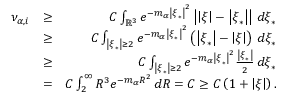
\begin{array} { r l r } { \nu _ { \alpha , i } } & { \geq } & { C \int _ { \mathbb { R } ^ { 3 } } e ^ { - m _ { \alpha } \left\vert \boldsymbol { \xi } _ { \ast } \right\vert ^ { 2 } } \left\vert \left\vert \boldsymbol { \xi } \right\vert - \left\vert \boldsymbol { \xi } _ { \ast } \right\vert \right\vert \, d \boldsymbol { \xi } _ { \ast } } \\ & { \geq } & { C \int _ { \left\vert \boldsymbol { \xi } _ { \ast } \right\vert \geq 2 } e ^ { - m _ { \alpha } \left\vert \boldsymbol { \xi } _ { \ast } \right\vert ^ { 2 } } \left( \left\vert \boldsymbol { \xi } _ { \ast } \right\vert - \left\vert \boldsymbol { \xi } \right\vert \right) \, d \boldsymbol { \xi } _ { \ast } } \\ & { \geq } & { C \int _ { \left\vert \boldsymbol { \xi } _ { \ast } \right\vert \geq 2 } e ^ { - m _ { \alpha } \left\vert \boldsymbol { \xi } _ { \ast } \right\vert ^ { 2 } } \frac { \left\vert \boldsymbol { \xi } _ { \ast } \right\vert } { 2 } \, d \boldsymbol { \xi } _ { \ast } } \\ & { = } & { C \int _ { 2 } ^ { \infty } R ^ { 3 } e ^ { - m _ { \alpha } R ^ { 2 } } \, d R = C \geq C \left( 1 + \left\vert \boldsymbol { \xi } \right\vert \right) \mathrm { . } } \end{array}